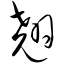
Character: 翘